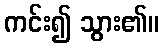
ကင်း၍ သွား၏။